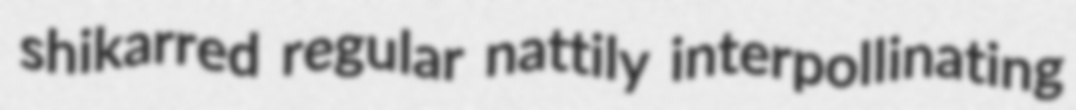
shikarred regular nattily interpollinating